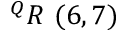
^ { Q } R \ ( 6 , 7 )